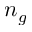
n _ { g }